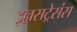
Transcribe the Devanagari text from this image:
इल्लसट्रेसंस